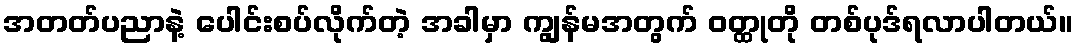
အတတ်ပညာနဲ့ ပေါင်းစပ်လိုက်တဲ့ အခါမှာ ကျွန်မအတွက် ဝတ္ထုတို တစ်ပုဒ်ရလာပါတယ်။